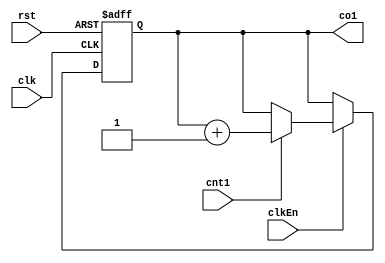
module Port_cnt (
    input clk,
    rst,
    clkEn,
    cnt1,
    output reg co1
);
  reg count;
  always @(posedge clk, posedge rst) begin
    if (rst) count <= 0;
    else if (clkEn)
     if (cnt1) count = count + 1;
  end
    assign co1 = &count;
endmodule